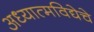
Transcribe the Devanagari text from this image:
अध्यात्मविद्येचे